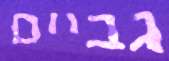
גביים